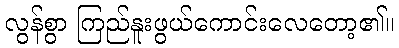
လွန်စွာ ကြည်နူးဖွယ်ကောင်းလေတော့၏။